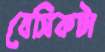
বেসিকটা